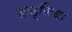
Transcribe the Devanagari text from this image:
ढाढ्णिया